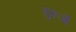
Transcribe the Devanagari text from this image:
गुरूऔं